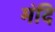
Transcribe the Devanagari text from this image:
मंदि